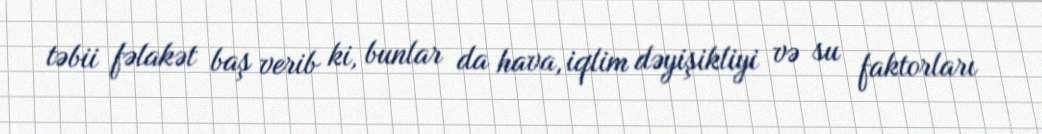
təbii fəlakət baş verib ki, bunlar da hava, iqlim dəyişikliyi və su faktorları